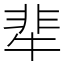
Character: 㹃